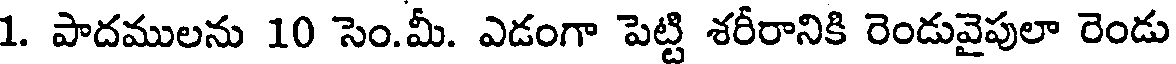
1. పాదములను 10 సెం.మీ. ఎడంగా పెట్టి శరీరానికి రెండువైపులా రెండు